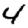
Digit: 4